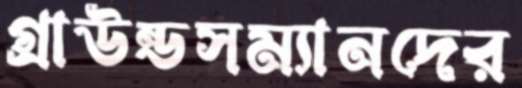
গ্রাউন্ডসম্যানদের